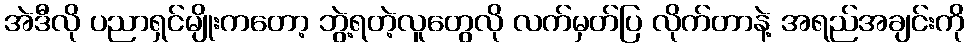
အဲဒီလို ပညာရှင်မျိုးကတော့ ဘွဲ့ရတဲ့လူတွေလို လက်မှတ်ပြ လိုက်တာနဲ့ အရည်အချင်းကို